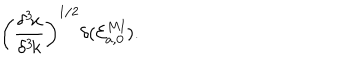
\left( { \frac { \delta ^ { 3 } \! x } { \delta ^ { 3 } \! k } } \right) ^ { 1 / 2 } \delta ( { \cal E } _ { a , \bf 0 } ^ { M \mathrm { I } } ) .